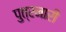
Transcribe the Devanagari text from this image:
पुत्रनारी